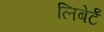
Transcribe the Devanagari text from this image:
लिबेर्टॅ